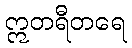
ဣတရီတရေ